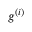
g ^ { ( i ) }